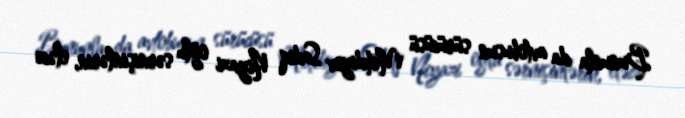
Bununla da avtobusun sürücüsü Mehdiyev Sadiq Niyazi oğlu sərnişinlərin, eləcə